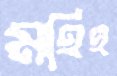
মহিহ